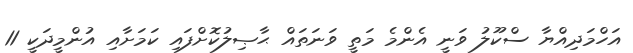
އަހްމަދިއްޔާ ސްކޫލު ވަނީ އެންމެ މަތީ ވަނަތައް ޙާޞިލުކޮށްފައި ކަމަށާއި އުންމީދަކީ 11